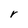
Character: r